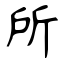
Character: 所